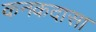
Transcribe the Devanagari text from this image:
कनकदासा